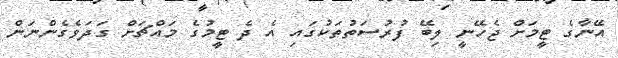
އޭނާގެ ޓީމަށް ޖެހޭނީ ލިބޭ ފުރުސަތުތަކުގައި އެ ދެ ޓީމުގެ މައްޗަށް ގަދަވެގެންނަން